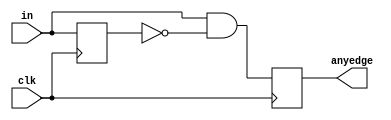
module top_module (
    input clk,
    input [7:0] in,
    output reg [7:0] anyedge
);

    reg [7:0] in_delayed;

    always @(posedge clk) begin
        in_delayed <= in;
        anyedge <= in & ~in_delayed; // Detect rising edges
    end

endmodule